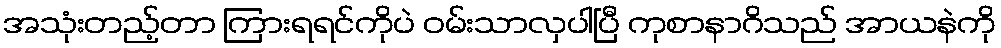
အသုံးတည့်တာ ကြားရရင်ကိုပဲ ဝမ်းသာလှပါပြီ ကုစာနာဂိသည် အာယနဲကို